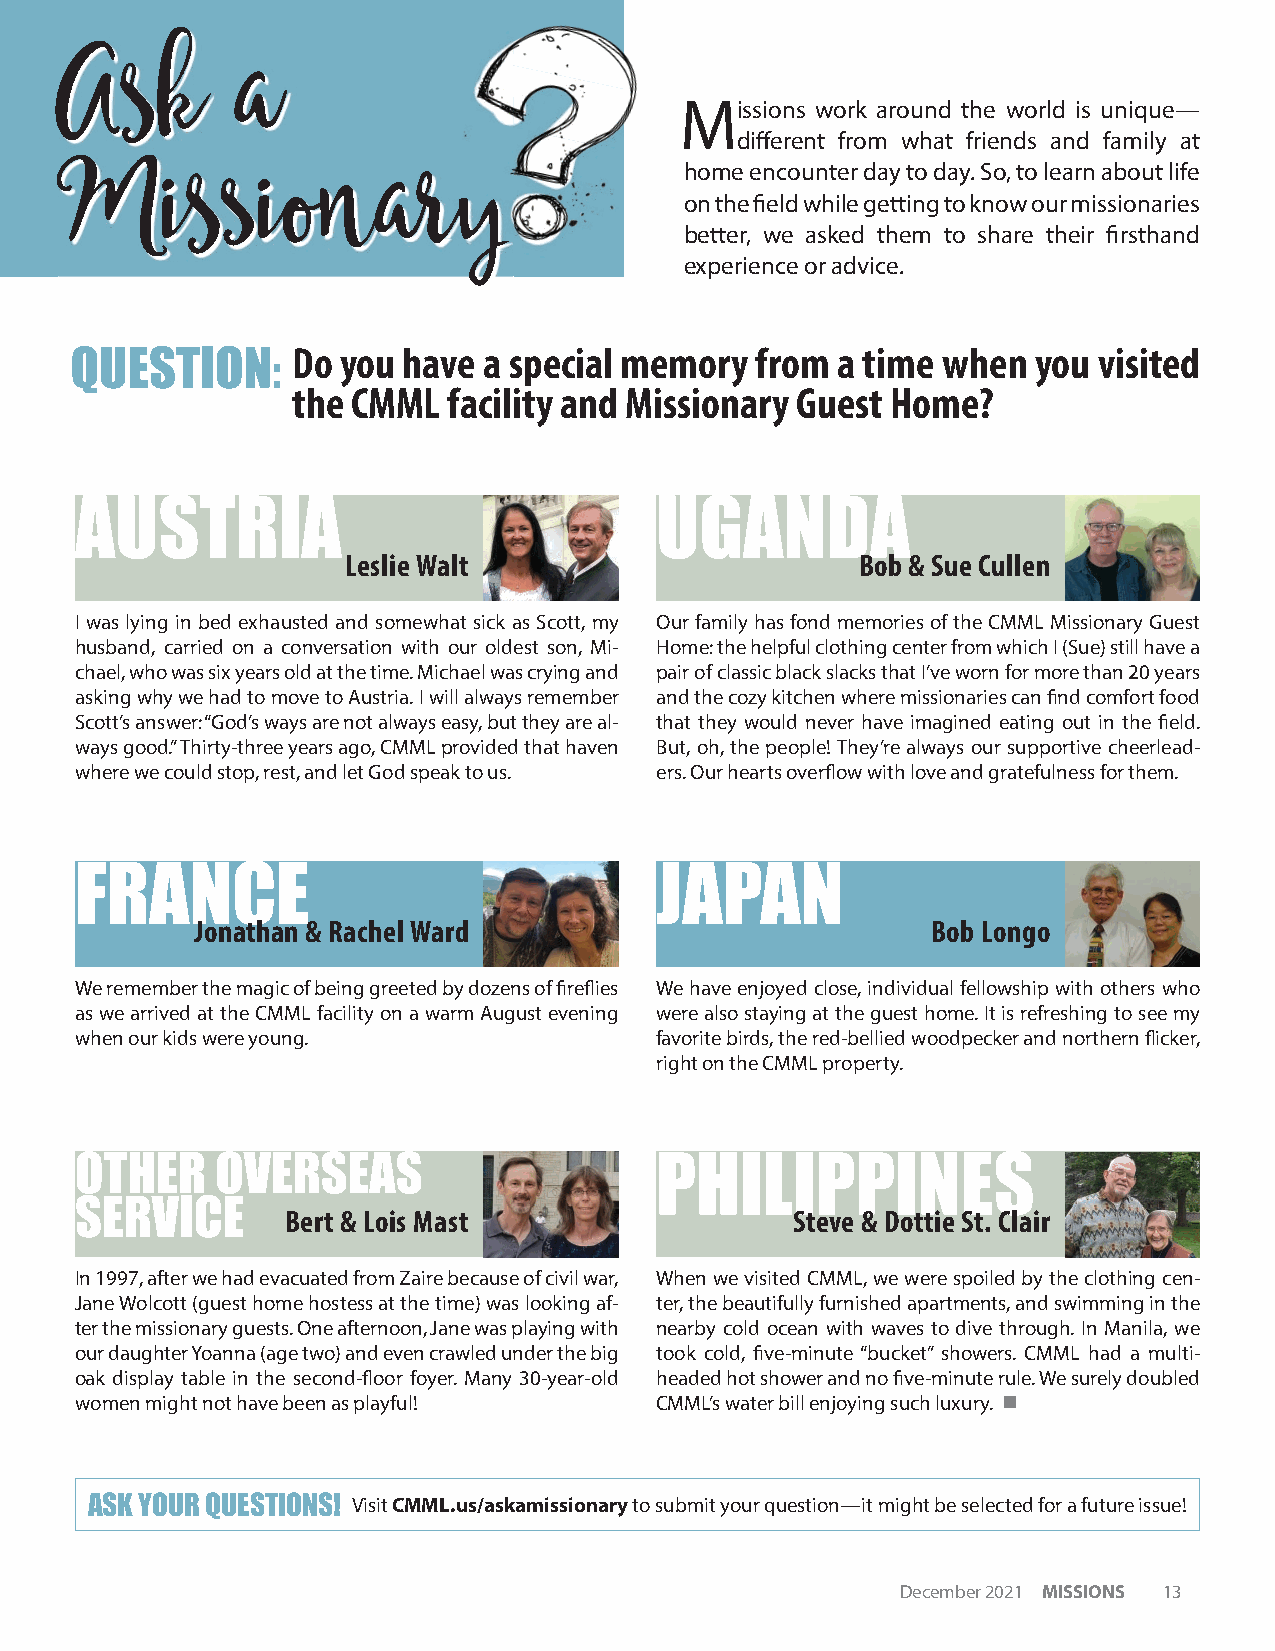
Ask         a
 Missions work around the world is unique—
 diff erent from what friends and family at
 Miss         ionary                      home encounter day to day. So, to learn about life
 on the fi eld while getting to know our missionaries
 better, we asked them to share their fi rsthand
 experience or advice.
 Do  you have a special memory  from a time when   you visited
 QUESTION:
 the CMML   facility and Missionary Guest Home?
 AUSTRIA                               UGANDA
 Leslie Walt                       Bob & Sue Cullen
 I was lying in bed exhausted and somewhat sick as Scott, my Our family has fond memories of the CMML Missionary Guest
 husband, carried on a conversation with our oldest son, Mi- Home: the helpful clothing center from which I (Sue) still have a
 chael, who was six years old at the time. Michael was crying and pair of classic black slacks that I’ve worn for more than 20 years
 asking why we had to move to Austria. I will always remember and the cozy kitchen where missionaries can fi nd comfort food
 Scott’s answer: “God’s ways are not always easy, but they are al- that they would never have imagined eating out in the fi eld.
 ways good.” Thirty-three years ago, CMML provided that haven But, oh, the people! They’re always our supportive cheerlead-
 where we could stop, rest, and let God speak to us. ers. Our hearts overfl ow with love and gratefulness for them.
 FRANCE                                JAPAN
 Jonathan & Rachel Ward                           Bob Longo
 We remember the magic of being greeted by dozens of fi refl ies We have enjoyed close, individual fellowship with others who
 as we arrived at the CMML facility on a warm August evening were also staying at the guest home. It is refreshing to see my
 when our kids were young.             favorite birds, the red-bellied woodpecker and northern fl icker,
 right on the CMML property.
 OTHER    OVERSEAS                     PHILIPPINES
 SERVICE
 Bert & Lois Mast                 Steve & Dottie St. Clair
 In 1997, after we had evacuated from Zaire because of civil war, When we visited CMML, we were spoiled by the clothing cen-
 Jane Wolcott (guest home hostess at the time) was looking af- ter, the beautifully furnished apartments, and swimming in the
 ter the missionary guests. One afternoon, Jane was playing with nearby cold ocean with waves to dive through. In Manila, we
 our daughter Yoanna (age two) and even crawled under the big took cold, fi ve-minute “bucket” showers. CMML had a multi-
 oak display table in the second-fl oor foyer. Many 30-year-old headed hot shower and no fi ve-minute rule. We surely doubled
 women might not have been as playful! CMML’s water bill enjoying such luxury. n
 ASK YOUR QUESTIONS! Visit CMML.us/askamissionary to submit your question—it might be selected for a future issue!
 December 2021 MISSIONS 13